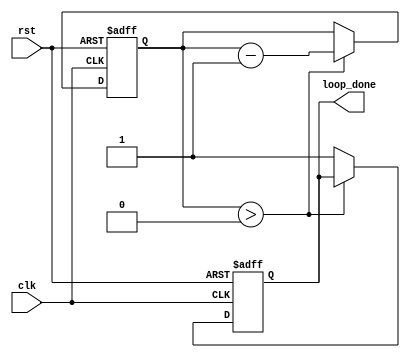
module decremental_for_loop (
    input wire clk,              // Clock signal
    input wire rst,              // Reset signal
    output reg loop_done         // Output signal indicating loop completion
);

reg [31:0] counter;             // Counter variable
parameter END_VALUE = 0;        // Desired end value
parameter DECREMENT_AMOUNT = 1; // Amount to decrement the counter

always @ (posedge clk or posedge rst)
begin
    if (rst) begin
        counter <= 0;           // Reset counter
        loop_done <= 0;         // Reset loop done signal
    end 
    else begin
        if (counter > END_VALUE) begin
            // Perform loop body functionality here
            // Example: display the counter value
            $display("Counter value: %d", counter);

            counter <= counter - DECREMENT_AMOUNT;  // Decrement the counter
        end 
        else begin
            loop_done <= 1;     // Set loop done signal when end value reached
        end
    end
end

endmodule